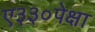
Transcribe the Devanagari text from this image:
ए३३०पेक्षा